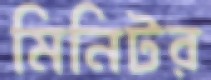
মিনিটর